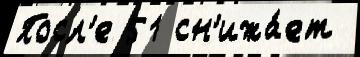
Посл'е 51 сн'ижа́ет